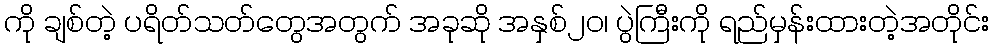
ကို ချစ်တဲ့ ပရိတ်သတ်တွေအတွက် အခုဆို အနှစ်၂၀၊ ပွဲကြီးကို ရည်မှန်းထားတဲ့အတိုင်း